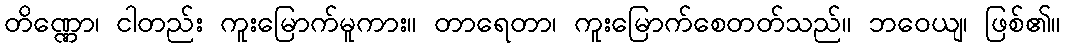
တိဏ္ဏော၊ ငါတည်း ကူးမြောက်မူကား။ တာရေတာ၊ ကူးမြောက်စေတတ်သည်။ ဘဝေယျ၊ ဖြစ်၏။